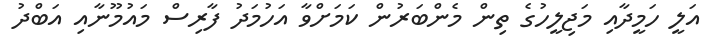
އަލީ ހަމީދާއި މަޖިލީހުގެ ތިން މެންބަރުން ކަމަށްވާ އަހުމަދު ފާރިސް މައުމޫނާއި އަބްދު